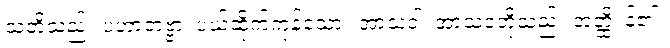
သတိသည်။ ပဟာတဗ္ဗာ၊ ပယ်ထိုက်ကုန်သော။ အာသဝါ၊ အာသဝတို့သည်။ အတ္ထိ၊ န်၏။